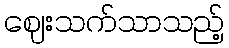
ဈေးသက်သာသည့်